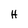
Character: H